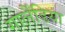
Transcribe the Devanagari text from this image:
गार्लैंडिया